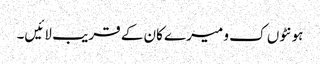
ہونٹوں ک و میرے کان کے قریب لائیں۔